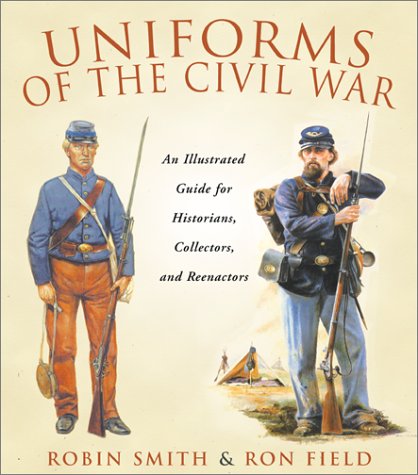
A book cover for Uniforms of the Civil War; Robin Smith; Crafts, Hobbies & Home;